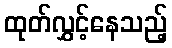
ထုတ်လွှင့်နေသည့်